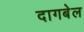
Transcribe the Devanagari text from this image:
दागबेल